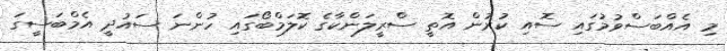
މި އެއްބަސްވުމުގައި ސޮއި ކުރުން އޮތީ ސްރީލަންކާގެ ކޮލަމްބޯގައި ހުންނަ ސައުދީ އެމްބަސީގަ